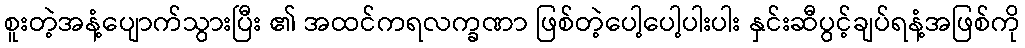
စူးတဲ့အနံ့ပျောက်သွားပြီး ၏ အထင်ကရလက္ခဏာ ဖြစ်တဲ့ပေါ့ပေါ့ပါးပါး နှင်းဆီပွင့်ချပ်ရနံ့အဖြစ်ကို